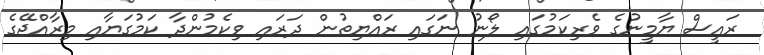
ރައީސް ޔާމީނުގެ ވެރިކަމުގައި ލޯނު ނަގައި ރައްޔިތުން ދަރައި ވިކެމުންދާ ކަމުގަޔާއި މިރާއްޖޭގެ